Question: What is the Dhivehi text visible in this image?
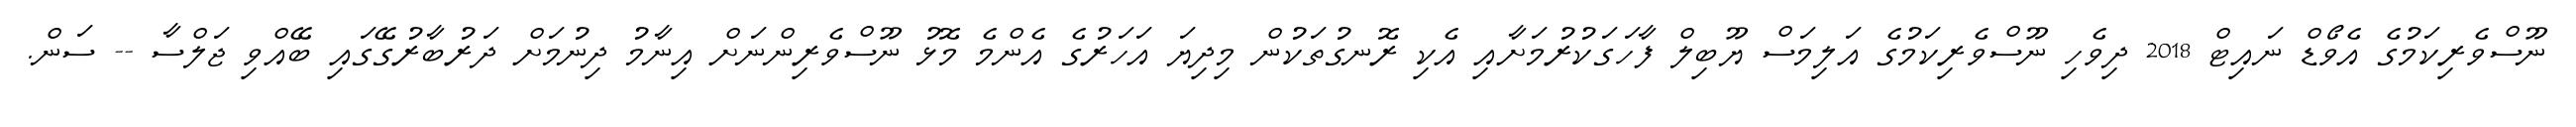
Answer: ނޫސްވެރިކަމުގެ އެވޯޑް ނައިޓް 2018 ދިވެހި ނޫސްވެރިކަމުގެ އަލިމަސް ޔޫބިލް ފާހަގަކުރުމަށާއި އެކި ރޮނގުތަކުން މިދިޔަ އަހަރުގެ އެންމެ މޮޅު ނޫސްވެރިންނަށް އިނާމު ދިނުމަށް ދަރުބާރުގޭގައި ބޭއްވި ޖަލްސާ -- ސަން.